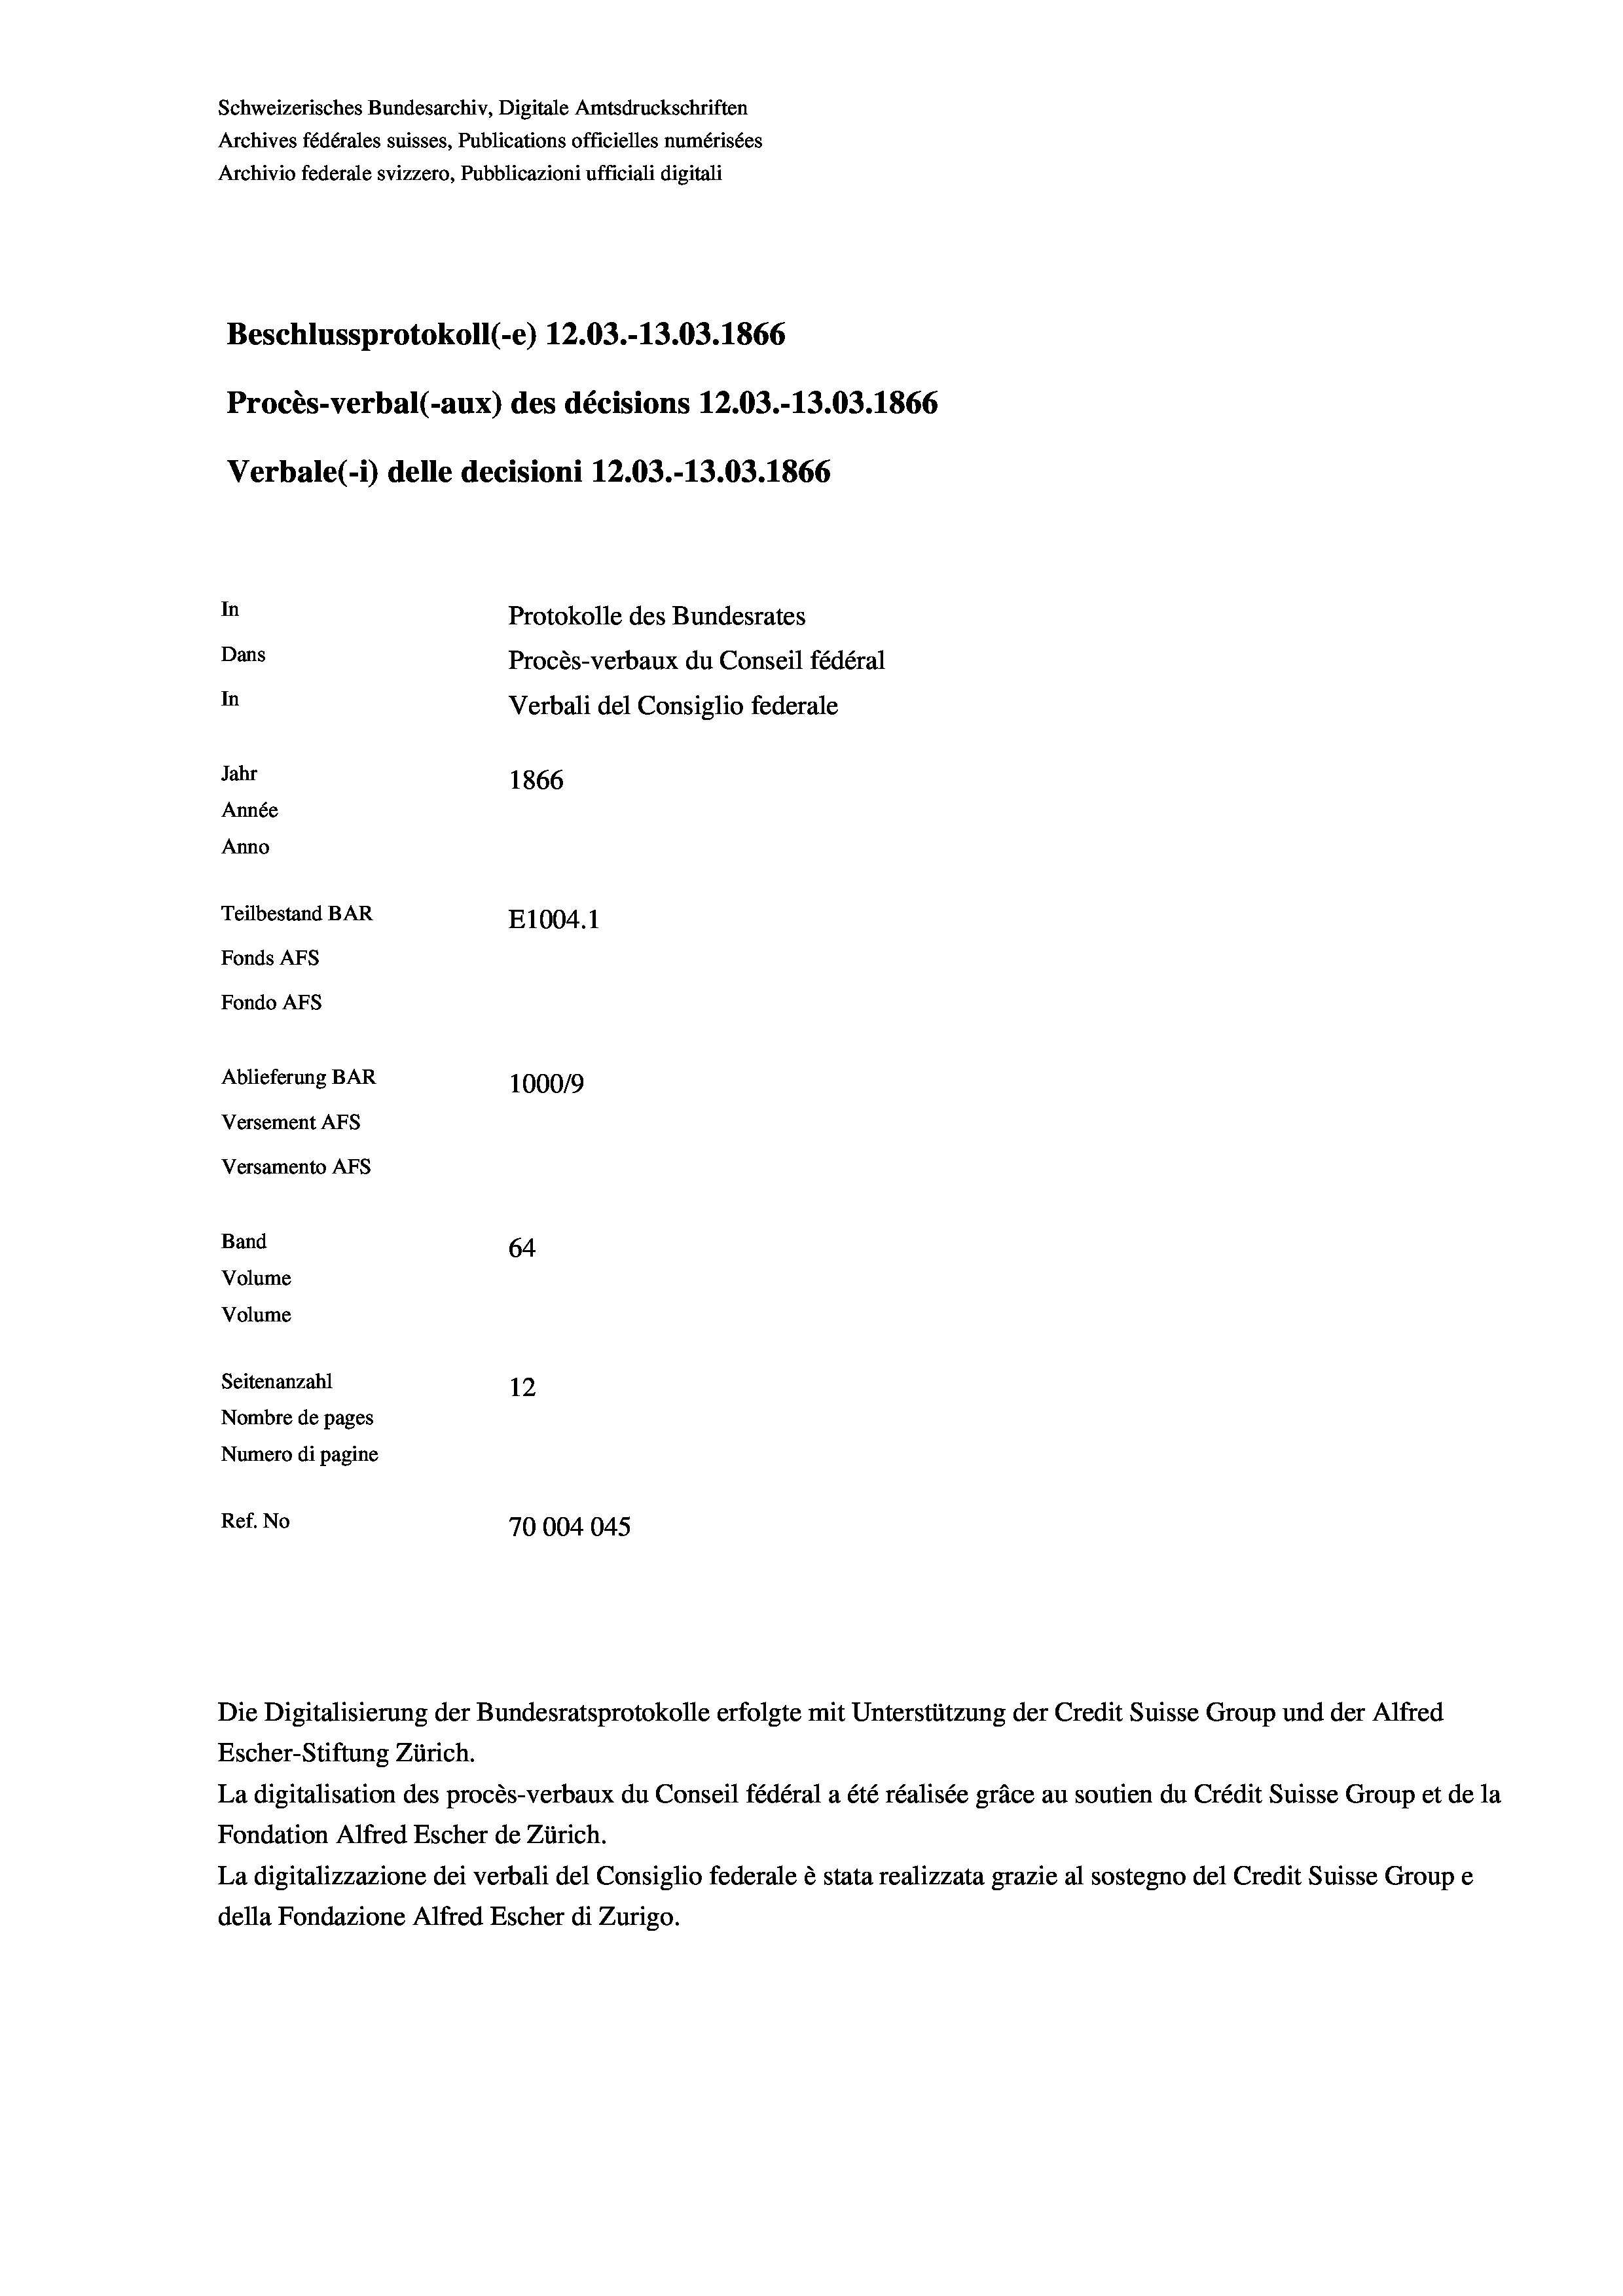
Schweizerisches Bundesarchiv, Digitale Amtsdruckschriften
Archives fédérales suisses, Publications officielles numérisées
Archivio federale svizzero, Pubblicazioni ufficiali digitali
Beschlussprotokoll (-e) 12.03.-13.03. 1866
Procès-verbal (-aux) des décisions 12.03.-13.03. 1866
Verbale (1) delle decisioni 12.03.-13.03. 1866
In
Protokolle des Bundesrates
Dans
Procès-verbaux du Conseil fédéral
In
Verbali del Consiglio federale
Jahr
1866
Année
Anno
Teilbestand BAR
E1004. 1
Fonds AFs
Fondo Afs
Ablieferung BAR
100019
Versement AFs
Versamento Afs
Band
64
Volume
Volume

Seitenanzahl
12
Nombre de pages
Numero di pagine
Ref. No
70004045

Escher-Stiftung Zürich.

Die Digitalisierung der Bundesratsprotokolle erfolgte mit Unterstützung der Credit Suisse Group und der Alfred

La digitalisation des procès-verbaux du Conseil fédéral a été réalisée gräce au soutien du Crédit Suisse Group et de la
Fondation Alfred Escher de Zürich.
La digitalizzazione dei verbali del Consiglio federale è stata realizzata grazie al sostegno del Credit Suisse Groupe
della Fondazione Alfred Escher di Zurigo.